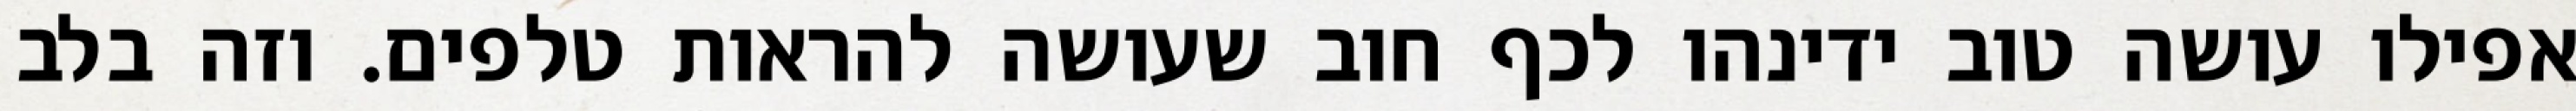
אפילו עושה טוב ידינהו לכף חוב שעושה להראות טלפים. וזה בלב